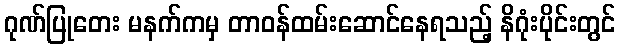
ဂုဏ်ပြုတေး မနက်ကမှ တာဝန်ထမ်းဆောင်နေရသည့် နိဂုံးပိုင်းတွင်